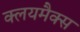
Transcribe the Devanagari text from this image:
क्लयमैक्स